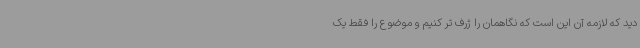
دید که لازمه آن این است که نگاهمان را ژرف تر کنیم و موضوع را فقط یک